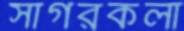
সাগরকলা